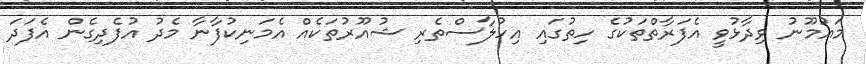
މައުމޫނު ވިދާޅުވީ އެފަރާތްތަކުގެ ހިތުގައި އިހުލާސްތެރި ޝުއޫރުތަކެއް އެމަނިކުފާނާ މެދު އުފެދިގެން އެފަދަ